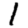
Digit: 1